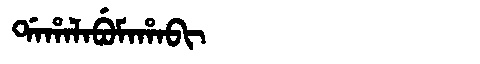
Manchu: ᡩᠠᡥᠠᠯᠠᠪᡠᠮᠠᡥᠠᠪᡳ
Romanization: DAHALABUMAHABI